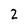
Character: 2